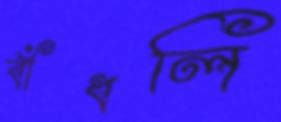
বাঁধলি